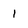
Character: l